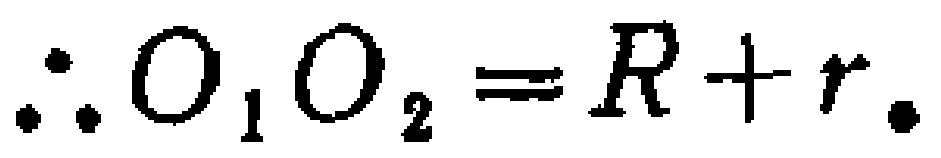
\(\therefore O_{1}O_{2}=R + r.\)